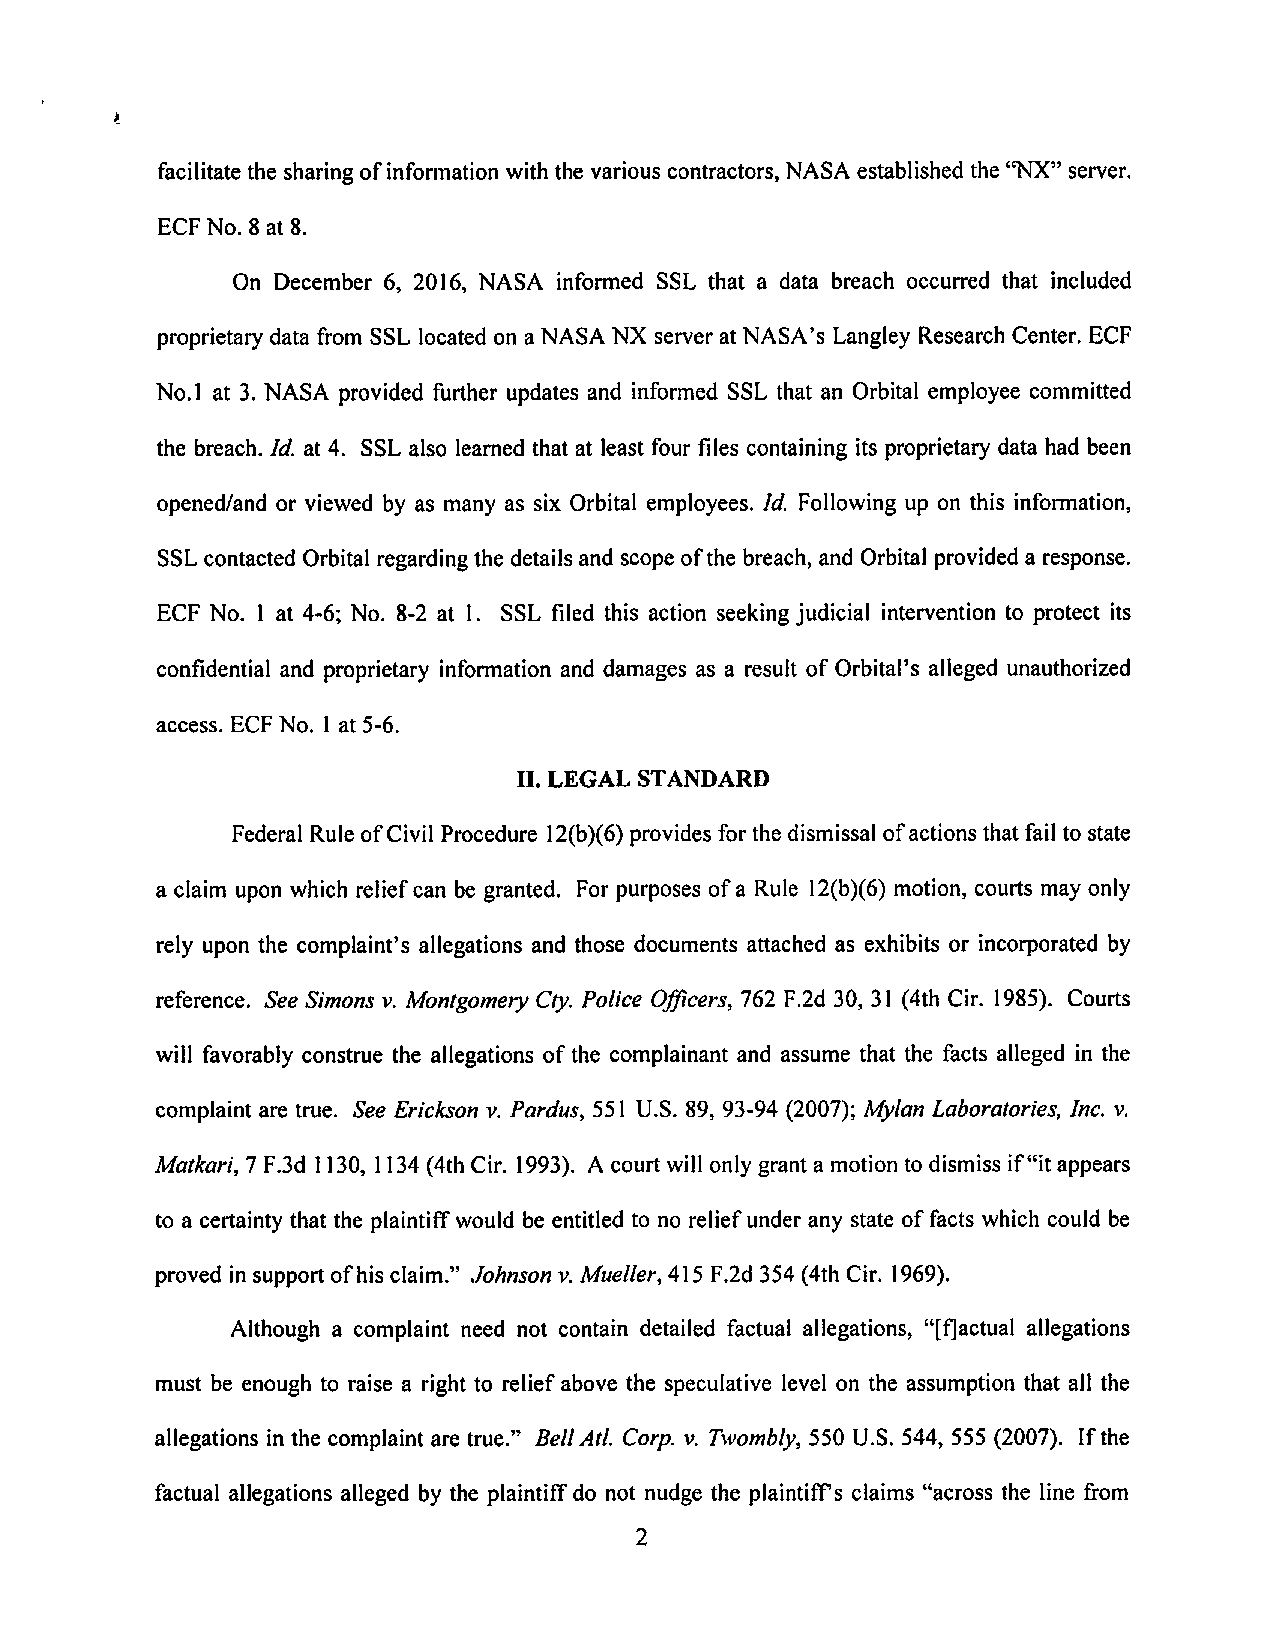
facilitatethesharingofinformationwiththevariouscontractors,NASAestablishedthe"NX" server.
 ECF No. 8 at 8.
 On December 6, 2016, NASA informed SSL that a data breach occurred that included
 proprietarydata fromSSL locatedon aNASANX serveratNASA's LangleyResearchCenter.ECF
 No.l at 3. NASAprovided further updates and informed SSLthat an Orbital employee committed
 the breach. Id. at 4. SSL also learned that at least four files containing its proprietary data had been
 opened/and or viewed by as many as six Orbital employees. Id. Following up on this information,
 SSLcontactedOrbitalregardingthedetailsandscopeofthe breach,and Orbitalprovideda response.
 ECF No. 1 at 4-6; No. 8-2 at 1. SSL filed this action seeking judicial intervention to protect its
 confidential and proprietary informationand damages as a result of Orbital's alleged unauthorized
 access. ECF No. 1at 5-6.
 II. LEGAL STANDARD
 Federal RuleofCivil Procedure 12(b)(6)provides for the dismissal ofactions that failto state
 a claim uponwhichreliefcan begranted. Forpurposesof a Rule 12(b)(6) motion, courtsmayonly
 rely upon the complaint's allegations and those documents attached as exhibits or incorporated by
 reference. SeeSimons v. Montgomery Cty. Police Officers, 762 F.2d30, 31 (4thCir. 1985). Courts
 will favorably construe the allegations ofthe complainant and assume that the facts alleged in the
 complaint are true. See Erickson v.Pardus, 551 U.S. 89, 93-94 (2007); Mylan Laboratories, Inc. v.
 Matkari, 1F.3d 1130,1134(4thCir. 1993). Acourt willonlygranta motiontodismiss if"it appears
 to a certainty that the plaintiffwould be entitled to no relief under any state offacts which could be
 proved insupport ofhisclaim." Johnson v.Mueller, 415 F.2d 354 (4th Cir. 1969).
 Although a complaint need not contain detailed factual allegations, "[f]actual allegations
 must be enough to raise a right to reliefabove the speculative level on the assumption that all the
 allegations inthe complaint are true." BellAtl. Corp. v. Twombly, 550 U.S. 544, 555 (2007). Ifthe
 factual allegations alleged by the plaintiffdo not nudge the plaintiffs claims "across the line from